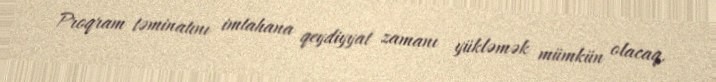
Proqram təminatını imtahana qeydiyyat zamanı yükləmək mümkün olacaq.